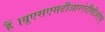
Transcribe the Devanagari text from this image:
हैं।यूएसएसटीआरऐटीसीओएम्